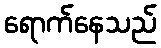
ရောက်နေသည်